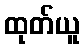
ထုတ်ယူ